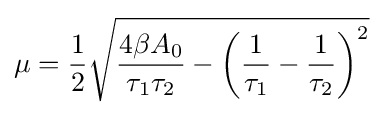
\mu ={\frac {1}{2}}{\sqrt {{\frac {4\beta A_{0}}{\tau _{1}\tau _{2}}}-\left({\frac {1}{\tau _{1}}}-{\frac {1}{\tau _{2}}}\right)^{2}}}